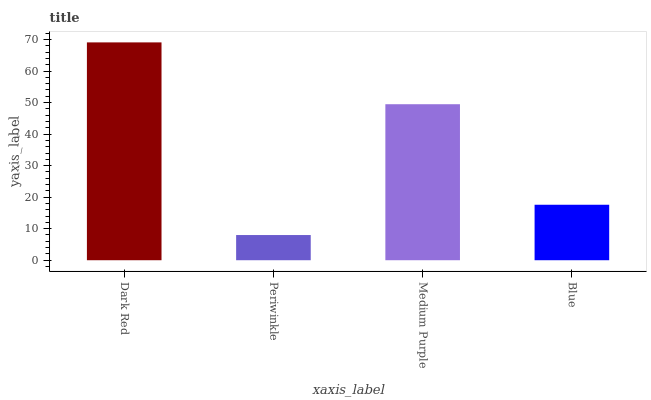
| xaxis_label | bars |
 | --- | --- |
 | Dark Red | 69.1 |
 | Periwinkle | 7.99 |
 | Medium Purple | 49.5 |
 | Blue | 17.6 |